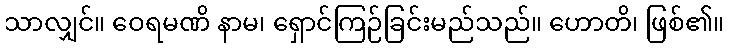
သာလျှင်။ ဝေရမဏိ နာမ၊ ရှောင်ကြဉ်ခြင်းမည်သည်။ ဟောတိ၊ ဖြစ်၏။